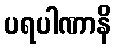
ပရပါဏာနိ